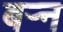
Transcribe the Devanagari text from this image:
बऱ्न